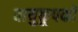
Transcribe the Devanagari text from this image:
वायुकूपकों